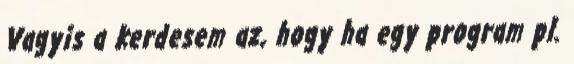
Vagyis a kerdesem az, hogy ha egy program pl.